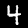
Digit: 4